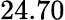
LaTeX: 24.70